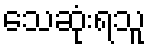
သေဆုံးရသူ